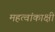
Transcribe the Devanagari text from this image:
महत्वांकाक्षी